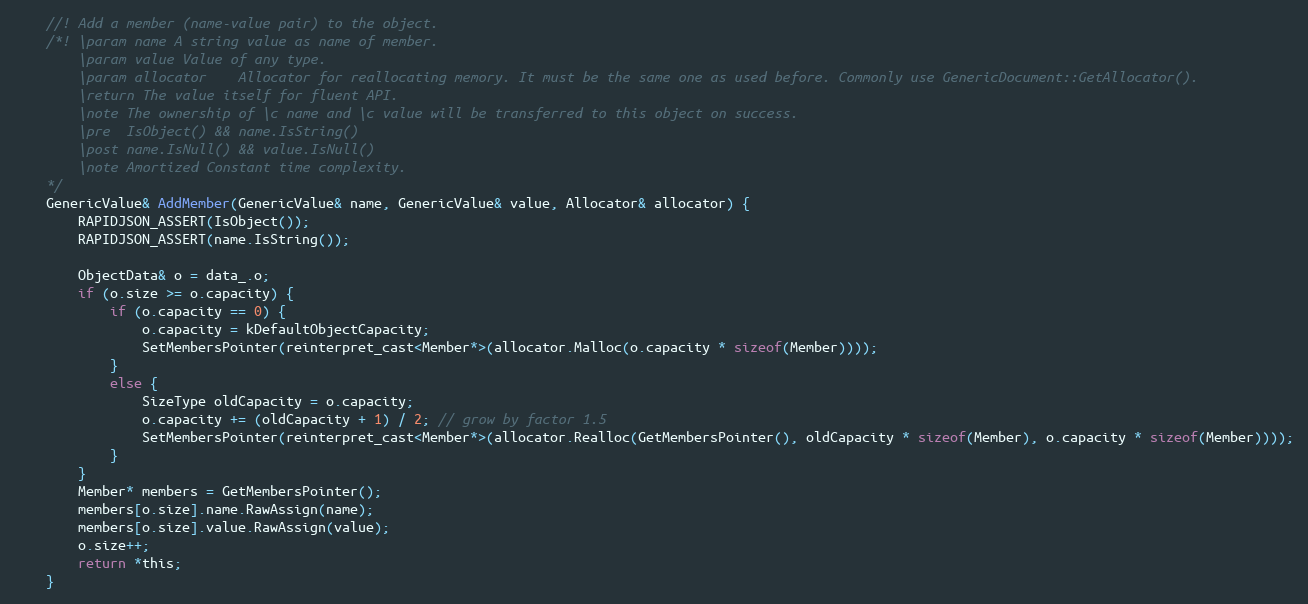
Language: C
    //! Add a member (name-value pair) to the object.
    /*! \param name A string value as name of member.
        \param value Value of any type.
        \param allocator    Allocator for reallocating memory. It must be the same one as used before. Commonly use GenericDocument::GetAllocator().
        \return The value itself for fluent API.
        \note The ownership of \c name and \c value will be transferred to this object on success.
        \pre  IsObject() && name.IsString()
        \post name.IsNull() && value.IsNull()
        \note Amortized Constant time complexity.
    */
    GenericValue& AddMember(GenericValue& name, GenericValue& value, Allocator& allocator) {
        RAPIDJSON_ASSERT(IsObject());
        RAPIDJSON_ASSERT(name.IsString());

        ObjectData& o = data_.o;
        if (o.size >= o.capacity) {
            if (o.capacity == 0) {
                o.capacity = kDefaultObjectCapacity;
                SetMembersPointer(reinterpret_cast<Member*>(allocator.Malloc(o.capacity * sizeof(Member))));
            }
            else {
                SizeType oldCapacity = o.capacity;
                o.capacity += (oldCapacity + 1) / 2; // grow by factor 1.5
                SetMembersPointer(reinterpret_cast<Member*>(allocator.Realloc(GetMembersPointer(), oldCapacity * sizeof(Member), o.capacity * sizeof(Member))));
            }
        }
        Member* members = GetMembersPointer();
        members[o.size].name.RawAssign(name);
        members[o.size].value.RawAssign(value);
        o.size++;
        return *this;
    }